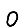
Digit: 0